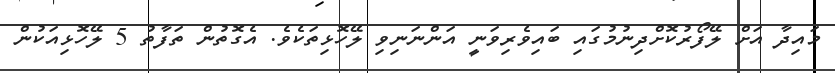
މައިދާ އަށް ލޭފޯރުކޮށްދިނުމުގައި ބައިވެރިވަނީ އަންނަނިވި ލޭހޮޅިތަކެވެ. އެގޮތުން ތަފާތު 5 ލޭހޮޅިއަކުން